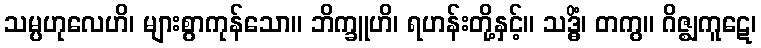
သမ္ပဟုလေဟိ၊ များစွာကုန်သော။ ဘိက္ခူဟိ၊ ရဟန်းတို့နှင့်။ သဒ္ဓိံ၊ တကွ။ ဂိဇ္ဈကူဋေ၊